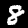
Label: 8